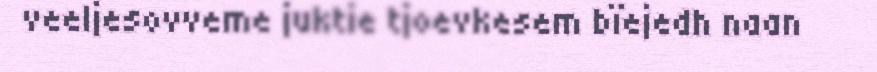
veeljesovveme juktie tjoevkesem bïejedh naan